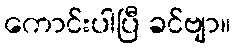
ကောင်းပါပြီ ခင်ဗျာ။